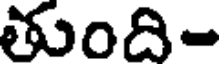
తుంది-